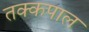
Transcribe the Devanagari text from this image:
तक्कपाल